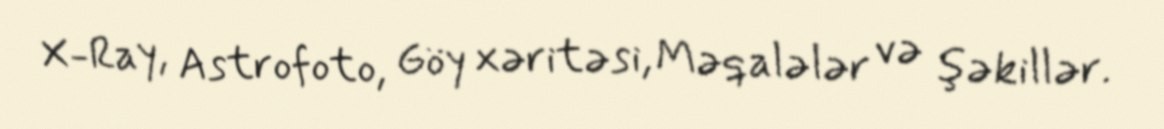
X-Ray, Astrofoto, Göy xəritəsi, Məqalələr və şəkillər.